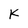
Character: K